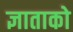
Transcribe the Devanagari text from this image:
ज्ञाताको